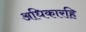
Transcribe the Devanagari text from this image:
अधिकारहि